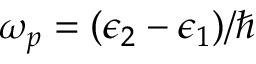
\omega _ { p } = ( \epsilon _ { 2 } - \epsilon _ { 1 } ) / \hbar